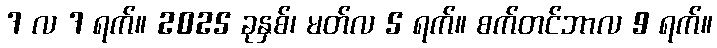
7 လ 7 ရက်။ 2025 ခုနှစ်၊ မတ်လ 5 ရက်။ စက်တင်ဘာလ 9 ရက်။